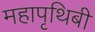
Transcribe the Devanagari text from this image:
महापृथिबी